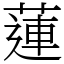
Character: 蓮